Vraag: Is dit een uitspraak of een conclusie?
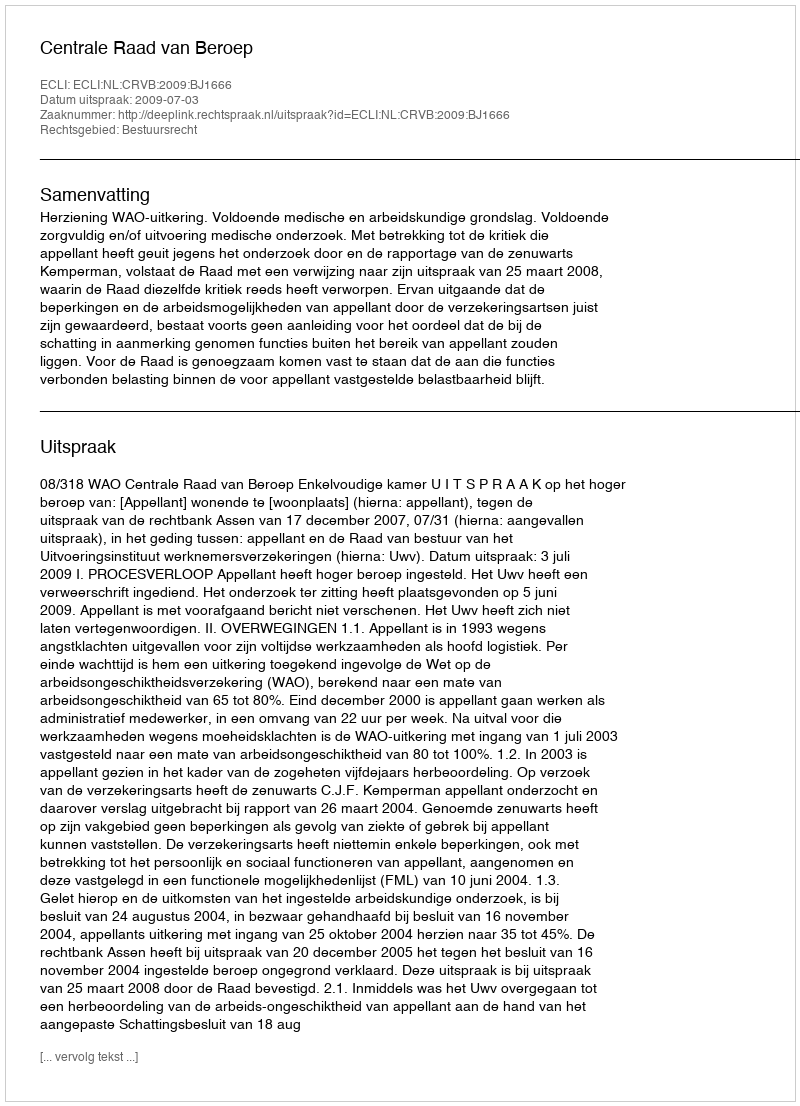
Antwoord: Uitspraak